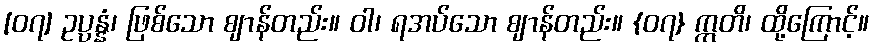
[၀၇] ဥပ္ပန္နံ၊ ဖြစ်သော ဈာန်တည်း။ ဝါ၊ ရအပ်သော ဈာန်တည်း။ {၀၇} ဣတိ၊ ထို့ကြောင့်။